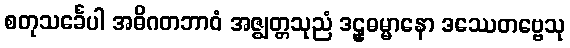
စတုသင်္ခေပါ အဓိဂတဘာဝံ အဇ္ဈတ္တသုညံ ဒဠှဓမ္မာနော ဒဿေတဗ္ဗေသု